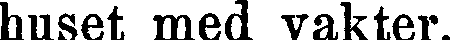
huset med vakter.